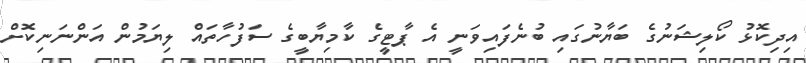
އިދިކޮޅު ކޯލިޝަނުގެ ބަޔާނުގައި ބުނެފައިވަނީ އެ ޕާޓީގެ ކާމިޔާބީގެ ސަފުހާތައް ލިޔަމުން އަންނަނިކޮށް